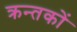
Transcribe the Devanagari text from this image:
क्रन्तकों